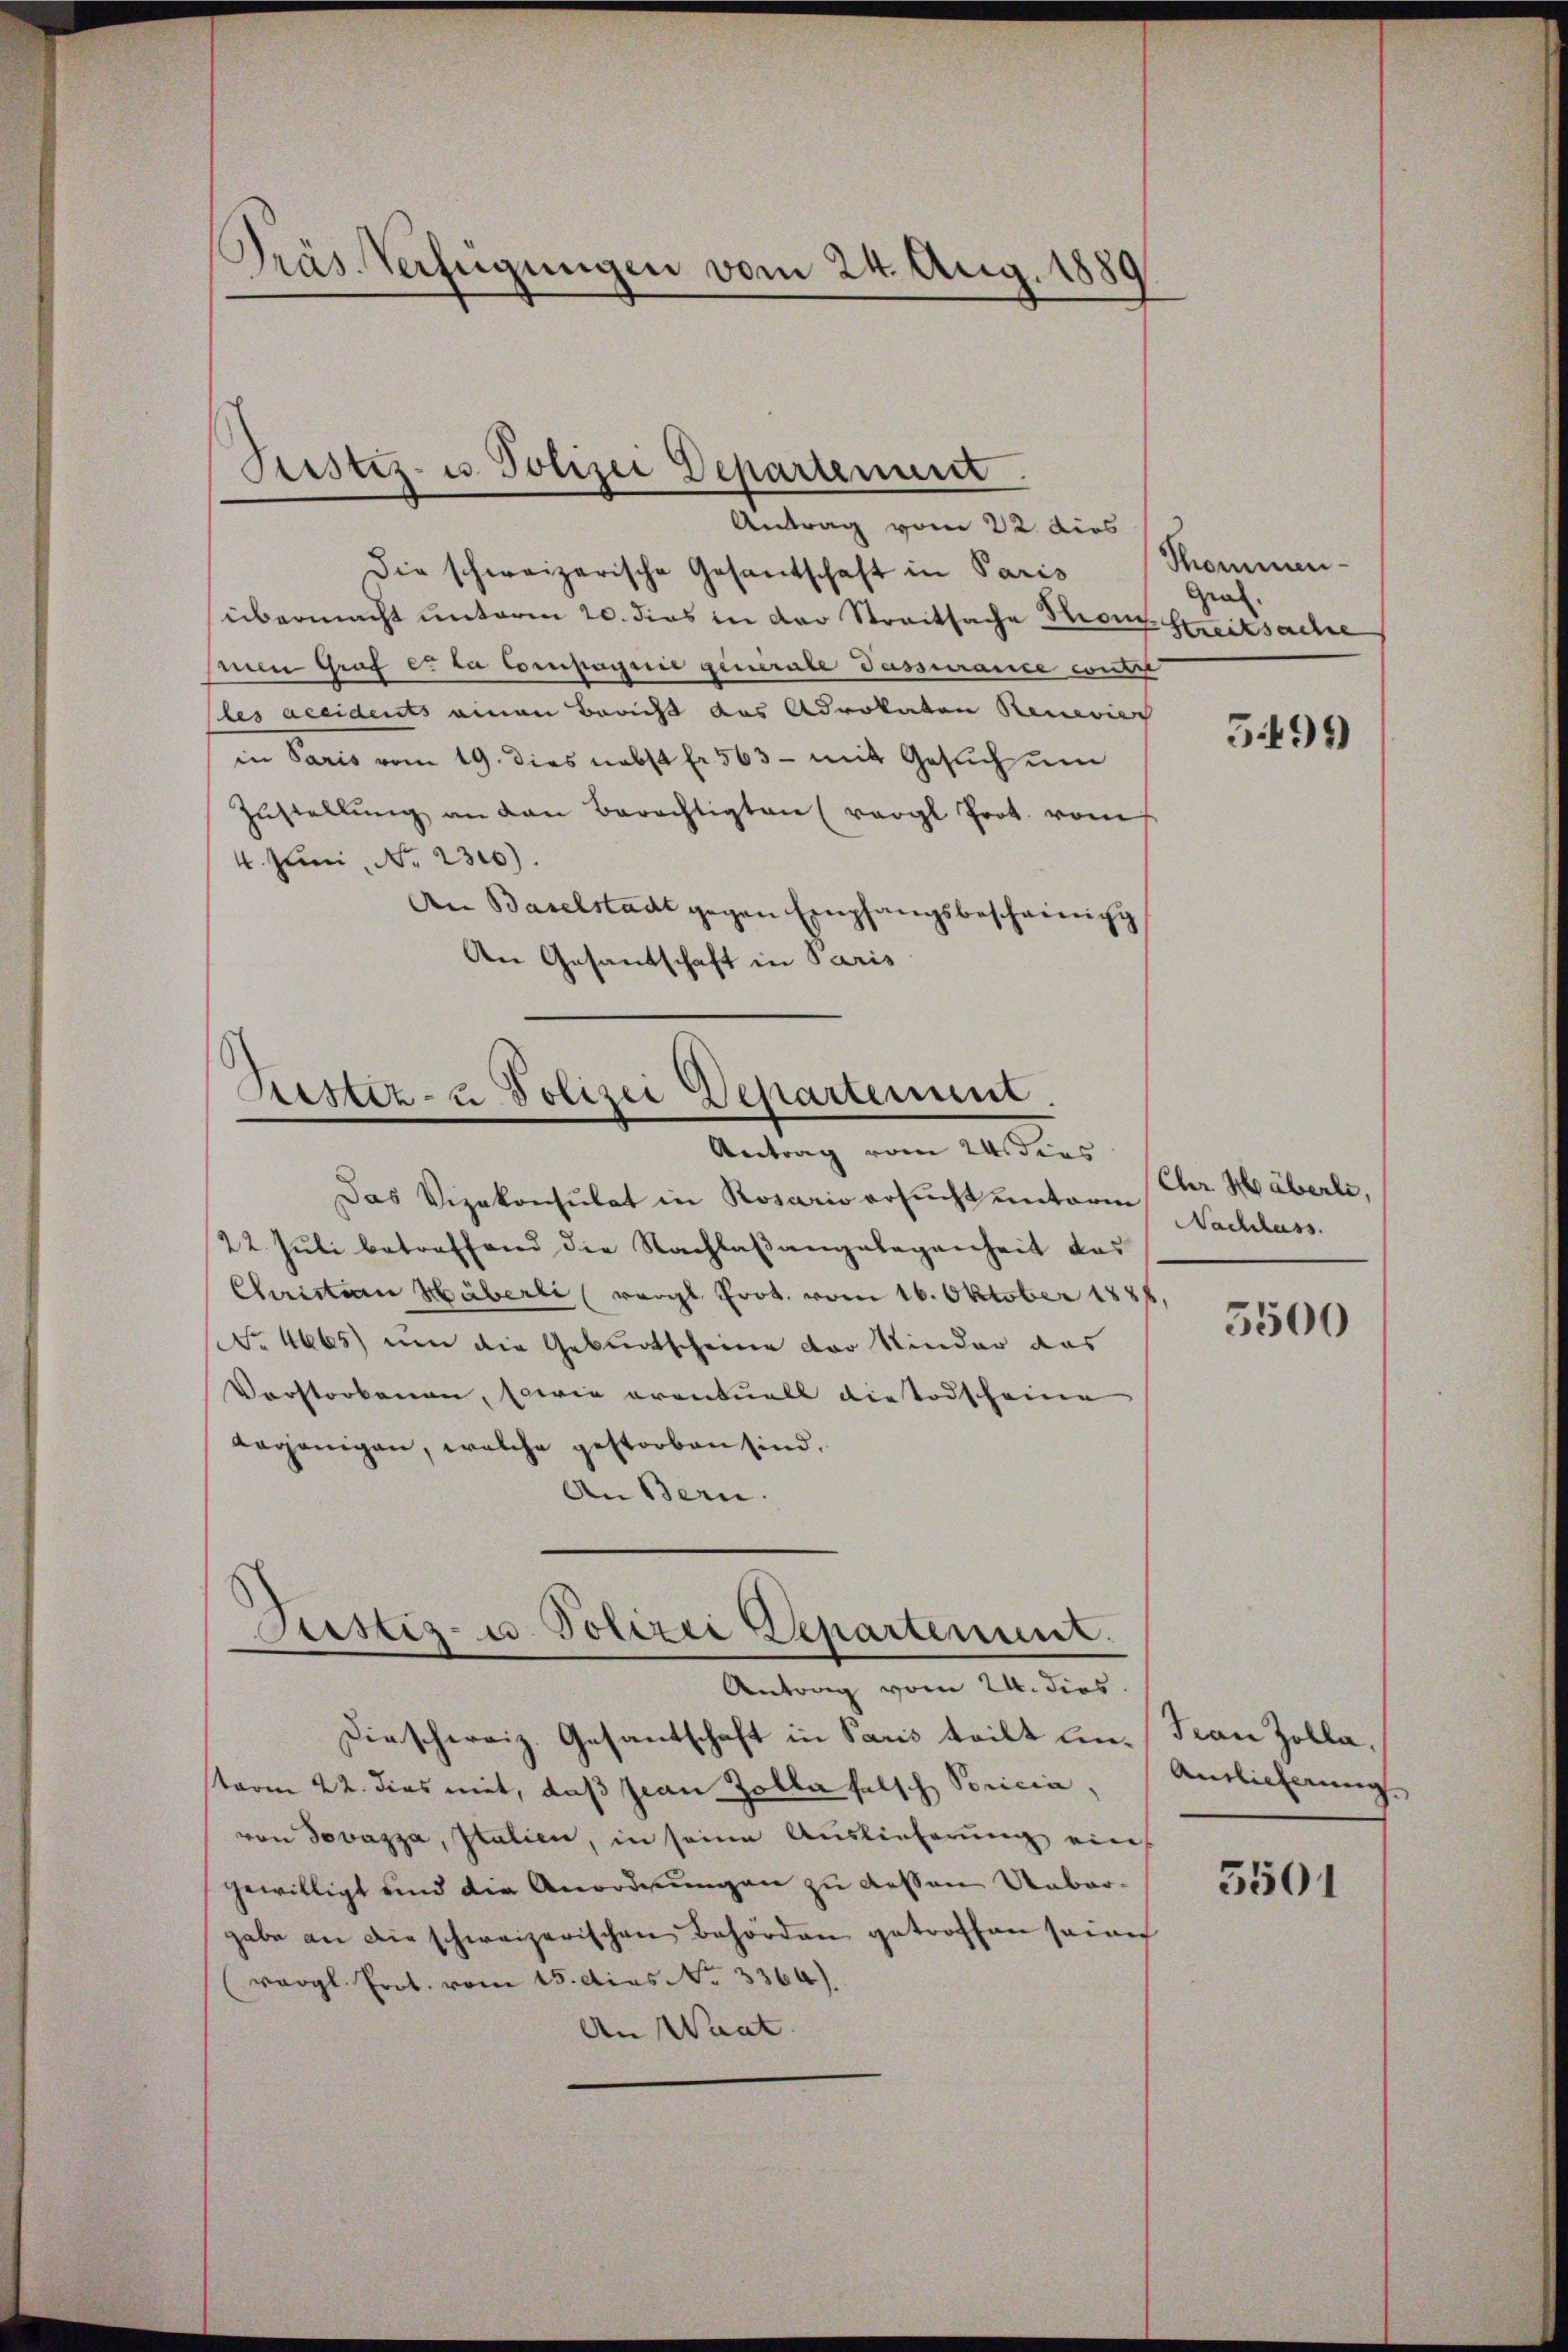
PPräs. Verfügungen vom 24. Aug. 1889

Justiz- u Polizei Departement
Antrag vom 22 dies

Die schweizerische Gesandschaft in Paris
übermacht unterm 20. dies in der Streitsache Thronz Streitsache
men Graf e. da Compagnie generale Passurance contr
(les accidents einen Bracht das Advokaten Renevier
in Paris vom 19. dies nebst fr. 563 - mit Gesuch um
Zŭstellŭng an den Berechtigten (vergl Prot. vom
4. Juni, No. 2300).
An Baselstadt gegen Empfangsbescheinigg
An Gesantschaft in Paris

Testiz- u. Polizei Departement.
Antrag vom 24. dies

Das Vizekonsulat in Rosario ersŭcht unterm Nachlass.
22 Juli betreffend die Nachlaßangelegenheit das
Chaisten Häberli (vergl. Prot. vom 16. Oktober 1888
No. 4665) um die Geburtscheine der Kinder das
Vorstorbenen, sowie eventuell dietodscheine
laganigen, welche gestorben sind.
An Bern.

Justiz- u. Polizei Departement.

Antrag vom 24. dies
Dieschereiz. Gesantschaft in Paris teilt in Frau Zolla,
sterm 22. dies mit, daß Frau Zolla falsch Soricia,
von Jovazza, Italien, in seine Auslieferung ein
gewilligt und die Anordnungen zu dessen Unbargabe an die schweizerischen Behörden getroffen seine
(vergl. Prot. vom 15. dies No. 3364).
An Want.

Thommen-
Geal.

5499)

Chr Häberli,

5500

Antlicherung.

5501